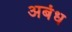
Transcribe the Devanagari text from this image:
अबंध